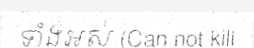
ទាំងអស់ (Can not kill